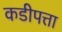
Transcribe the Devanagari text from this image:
कडीपत्ता